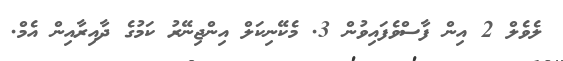
ލެވެލް 2 އިން ފާސްވެފައިވުން 3. މެކޭނިކަލް އިންޖިނޭރު ކަމުގެ ދާއިރާއިން އެމް.